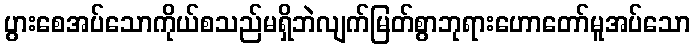
ပွားစေအပ်သောကိုယ်စသည်မရှိဘဲလျက်မြတ်စွာဘုရားဟောတော်မူအပ်သော